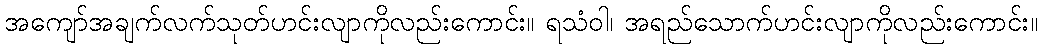
အကျော်အချက်လက်သုတ်ဟင်းလျာကိုလည်းကောင်း။ ရသံဝါ၊ အရည်သောက်ဟင်းလျာကိုလည်းကောင်း။